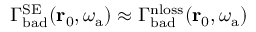
\Gamma _ { \mathrm { b a d } } ^ { \mathrm { S E } } ( \mathbf { r } _ { 0 } , \omega _ { \mathrm { a } } ) \approx \Gamma _ { \mathrm { b a d } } ^ { \mathrm { n l o s s } } ( \mathbf { r } _ { 0 } , \omega _ { \mathrm { a } } )